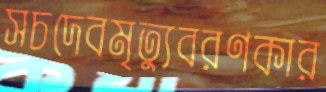
সচদেবমৃত্যুবরণকার